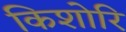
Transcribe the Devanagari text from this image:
किशोरि